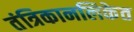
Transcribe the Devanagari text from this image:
तंत्रिकानलिकेत